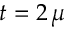
t = 2 \, \mu